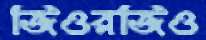
জিওরজিও